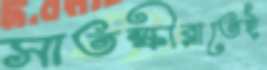
সাতক্ষীরাতেই